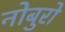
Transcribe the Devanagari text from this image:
नोबुरो